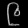
Digit: ၉